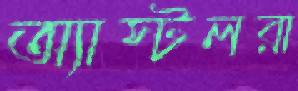
অ্যাস্টলরা